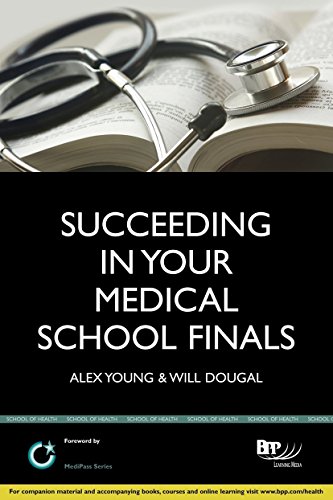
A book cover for Succeeding in your Medical School Finals: Instant revision notes (BPP Learning Media) (MediPass Series) by Alexander Young (30-May-2013) Paperback; Alexander Young; Education & Teaching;